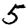
Digit: 5